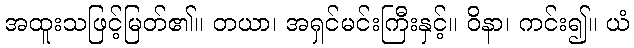
အထူးသဖြင့်မြတ်၏။ တယာ၊ အရှင်မင်းကြီးနှင့်။ ဝိနာ၊ ကင်း၍။ ယံ